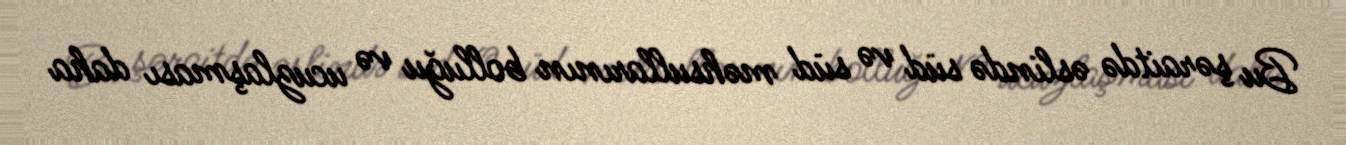
Bu şəraitdə əslində süd və süd məhsullarının bolluğu və ucuzlaşması daha